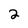
Character: 2